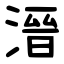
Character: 溍